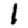
Digit: 1